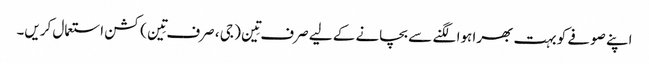
اپنے صوفے کو بہت بھرا ہوا لگنے سے بچانے کے لیے صرف تِین ( جی ، صرف تِین ) کشن استعمال کریں۔